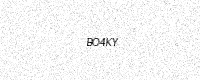
Text: BO4KY